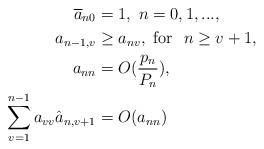
LaTeX: \begin{align*} \overline{a}_{n0}&=1,\ n=0,1,...,\\ a_{n-1,v}&\geq a_{nv},\ \textnormal{for}~~ n\geq v+1,\\ a_{nn}&=O(\frac{p_{n}}{P_{n}}),\\ \sum_{v=1}^{n-1}a_{vv}\hat{a}_{n,v+1}&=O(a_{nn}) \end{align*}